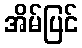
အိမ်ပြင်